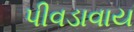
પીવડાવાય